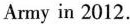
Army in 2012.